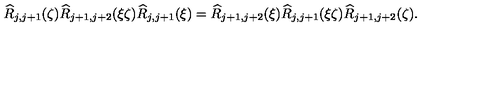
\widehat { R } _ { j , j + 1 } ( \zeta ) \widehat { R } _ { j + 1 , j + 2 } ( \xi \zeta ) \widehat { R } _ { j , j + 1 } ( \xi ) = \widehat { R } _ { j + 1 , j + 2 } ( \xi ) \widehat { R } _ { j , j + 1 } ( \xi \zeta ) \widehat { R } _ { j + 1 , j + 2 } ( \zeta ) .